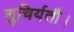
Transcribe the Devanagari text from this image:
शुचिर्यतौ।